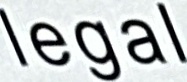
legal